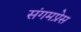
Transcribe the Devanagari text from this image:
संगमप्रेस